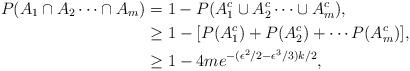
LaTeX: \begin{align*}P(A_1 \cap A_2 \cdots \cap A_m) &= 1 - P(A_{1}^c \cup A_{2}^c \cdots \cup A_{m}^c), \\&\geq1 - [P(A_{1}^c) + P(A_{2}^c) + \cdots P(A_{m}^c)], \\&\geq1 - 4me^{-(\epsilon^2/2 - \epsilon^3/3)k/2},\end{align*}